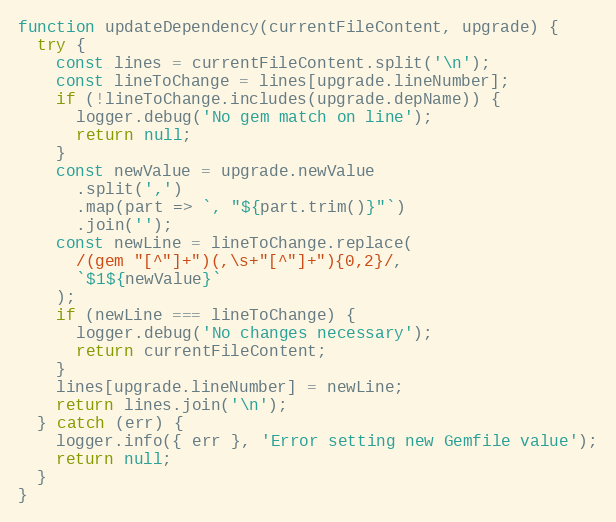
Language: JavaScript
function updateDependency(currentFileContent, upgrade) {
  try {
    const lines = currentFileContent.split('\n');
    const lineToChange = lines[upgrade.lineNumber];
    if (!lineToChange.includes(upgrade.depName)) {
      logger.debug('No gem match on line');
      return null;
    }
    const newValue = upgrade.newValue
      .split(',')
      .map(part => `, "${part.trim()}"`)
      .join('');
    const newLine = lineToChange.replace(
      /(gem "[^"]+")(,\s+"[^"]+"){0,2}/,
      `$1${newValue}`
    );
    if (newLine === lineToChange) {
      logger.debug('No changes necessary');
      return currentFileContent;
    }
    lines[upgrade.lineNumber] = newLine;
    return lines.join('\n');
  } catch (err) {
    logger.info({ err }, 'Error setting new Gemfile value');
    return null;
  }
}